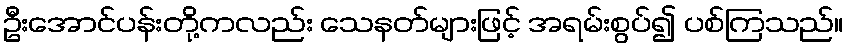
ဦးအောင်ပန်းတို့ကလည်း သေနတ်များဖြင့် အရမ်းစွပ်၍ ပစ်ကြသည်။